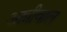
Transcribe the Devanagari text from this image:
आन्नीवाल